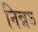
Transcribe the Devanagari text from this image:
निन्नऽ